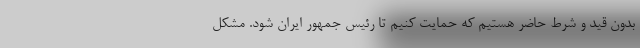
بدون قید و شرط حاضر هستیم که حمایت کنیم تا رئیس جمهور ایران شود. مشکل